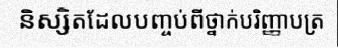
និស្សិតដែលបញ្ចប់ពីថ្នាក់បរិញ្ញាបត្រ